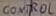
Text: CONTROL